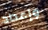
وإعداد